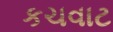
કચવાટ